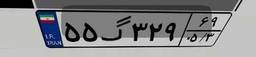
۵۵گ۳۲۹۶۹